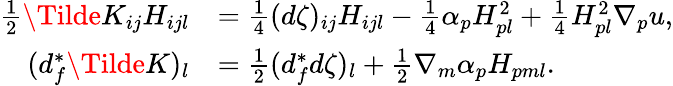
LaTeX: \begin{array}{rl}{\frac{1}{2}\Tilde{K}_{ij}H_{ijl}}&{=\frac{1}{4}(d\zeta)_{ij}H_{ijl}-\frac{1}{4}\alpha_{p}H_{pl}^{2}+\frac{1}{4}H_{pl}^{2}\nabla_{p}u,}\\ {(d_{f}^{*}\Tilde{K})_{l}}&{=\frac{1}{2}(d_{f}^{*}d\zeta)_{l}+\frac{1}{2}\nabla_{m}\alpha_{p}H_{pml}.}\end{array}